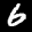
Label: 6